Scottish Certificate of Education, 1962
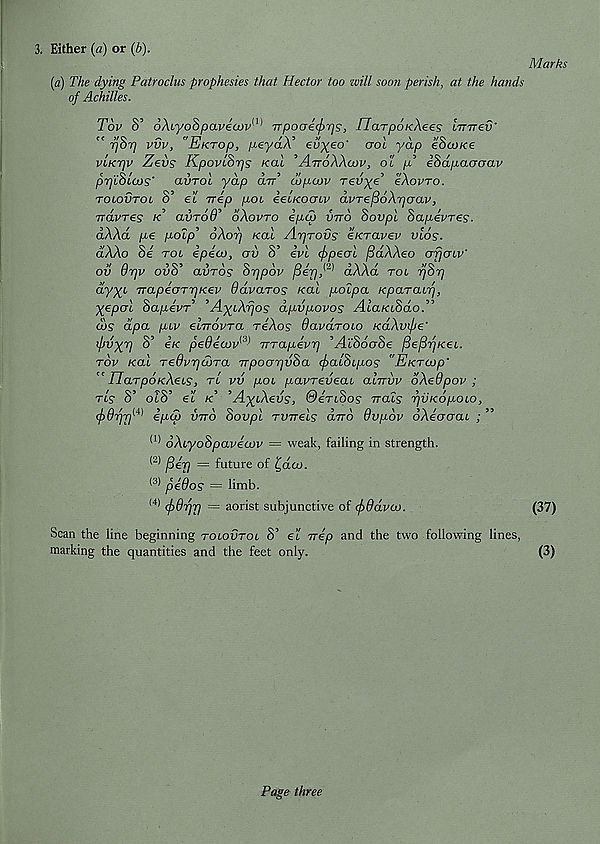
3. Either (a) or (b).
Marks
[a) The dying Patroclus prophesies that Hector too will soon perish, at the hands
of Achilles.
Tov 8’ oXcyoSpavecov 1^ TTpoalc^rjs, /Tarpo/cAees - Imrev'
" fjhrj vvv, "Ektop, peyaX* euyeo' aol yap eSco/ce
VLKTjv Zevs Kpovihris Kal ’AttoXXcov, ol p? iSdpaaaav
pr)L$La>s' avTol yap dir' copcov redye eXovro.
tolovtol S’ el rrep poi eetKOOLv dvTefioXrjoav,
ndvres k avroE dXovro epa> vtto Sovpl hapevreg.
dXXd pe poip' oXorj Kal Arjrovg eKravev vlog.
dXXo 8e roc epeto, av S’ eve fpeal fidXXeo arjaev'
ov 9r]v ouS’ avrog S^pov /Sep,* 2 ’ aAAa rot yjSr]
dyyi TrapearrjKev Odvaros Kal polpa k par air),
X e P cr ' L dapevA ’AyiXfjos dpvpovos AlaKihdoA
dog dpa pev emovra reXog Oavdroio KaXvfie’
ifjdx 7 ] S’ eK pedetov^ irrapevr] ’AltSoaSe
tov Kal Tedvr]djTa TTpoarjdda (fjaldepog "Ektcop'
UarpoKXeLg, ri vv poi pavreveai alrrvv dXedpov ;
ng S’ otS’ el k ’AyeXeug, Oendog Tracg fjVKopoio,
cf>9rir] l ' ‘ l) epd) vtto dovpl rwelg a.770 9vpov oXeacrae ; ”
(1) oXeyodpavecov = weak, failing in strength.
(2) f3erj = future of £da>.
(3 * pe9og = limb.
(4) cf)9fj'p — aorist subjunctive of (f>9dva>.
(37)
Scan the line beginning tolovtol S’ el vep and the two following lines,
marking the quantities and the feet only.
(3)
Page three